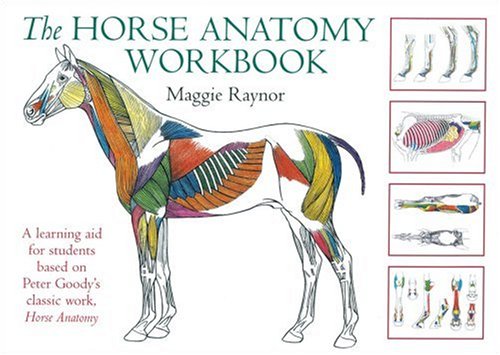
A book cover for The Horse Anatomy Workbook: A Learning Aid for Students Based on Peter Goody's Classic Work, Horse Anatomy (Allen Student); Maggie Raynor; Crafts, Hobbies & Home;